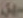
سهل